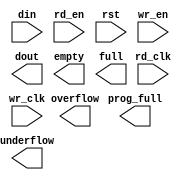
module rd_fifo_bram(
	din,
	rd_clk,
	rd_en,
	rst,
	wr_clk,
	wr_en,
	dout,
	empty,
	full,
	overflow,
	prog_full,
	underflow);


input [143 : 0] din;
input rd_clk;
input rd_en;
input rst;
input wr_clk;
input wr_en;
output [143 : 0] dout;
output empty;
output full;
output overflow;
output prog_full;
output underflow;

// synthesis translate_off

      FIFO_GENERATOR_V4_4 #(
		.C_COMMON_CLOCK(0),
		.C_COUNT_TYPE(0),
		.C_DATA_COUNT_WIDTH(10),
		.C_DEFAULT_VALUE("BlankString"),
		.C_DIN_WIDTH(144),
		.C_DOUT_RST_VAL("0"),
		.C_DOUT_WIDTH(144),
		.C_ENABLE_RLOCS(0),
		.C_FAMILY("virtex5"),
		.C_FULL_FLAGS_RST_VAL(1),
		.C_HAS_ALMOST_EMPTY(0),
		.C_HAS_ALMOST_FULL(0),
		.C_HAS_BACKUP(0),
		.C_HAS_DATA_COUNT(0),
		.C_HAS_INT_CLK(0),
		.C_HAS_MEMINIT_FILE(0),
		.C_HAS_OVERFLOW(1),
		.C_HAS_RD_DATA_COUNT(0),
		.C_HAS_RD_RST(0),
		.C_HAS_RST(1),
		.C_HAS_SRST(0),
		.C_HAS_UNDERFLOW(1),
		.C_HAS_VALID(0),
		.C_HAS_WR_ACK(0),
		.C_HAS_WR_DATA_COUNT(0),
		.C_HAS_WR_RST(0),
		.C_IMPLEMENTATION_TYPE(2),
		.C_INIT_WR_PNTR_VAL(0),
		.C_MEMORY_TYPE(1),
		.C_MIF_FILE_NAME("BlankString"),
		.C_MSGON_VAL(1),
		.C_OPTIMIZATION_MODE(0),
		.C_OVERFLOW_LOW(0),
		.C_PRELOAD_LATENCY(0),
		.C_PRELOAD_REGS(1),
		.C_PRIM_FIFO_TYPE("1kx36"),
		.C_PROG_EMPTY_THRESH_ASSERT_VAL(4),
		.C_PROG_EMPTY_THRESH_NEGATE_VAL(5),
		.C_PROG_EMPTY_TYPE(0),
		.C_PROG_FULL_THRESH_ASSERT_VAL(1020),
		.C_PROG_FULL_THRESH_NEGATE_VAL(1019),
		.C_PROG_FULL_TYPE(1),
		.C_RD_DATA_COUNT_WIDTH(10),
		.C_RD_DEPTH(1024),
		.C_RD_FREQ(1),
		.C_RD_PNTR_WIDTH(10),
		.C_UNDERFLOW_LOW(0),
		.C_USE_DOUT_RST(1),
		.C_USE_ECC(0),
		.C_USE_EMBEDDED_REG(0),
		.C_USE_FIFO16_FLAGS(0),
		.C_USE_FWFT_DATA_COUNT(0),
		.C_VALID_LOW(0),
		.C_WR_ACK_LOW(0),
		.C_WR_DATA_COUNT_WIDTH(10),
		.C_WR_DEPTH(1024),
		.C_WR_FREQ(1),
		.C_WR_PNTR_WIDTH(10),
		.C_WR_RESPONSE_LATENCY(1))
	inst (
		.DIN(din),
		.RD_CLK(rd_clk),
		.RD_EN(rd_en),
		.RST(rst),
		.WR_CLK(wr_clk),
		.WR_EN(wr_en),
		.DOUT(dout),
		.EMPTY(empty),
		.FULL(full),
		.OVERFLOW(overflow),
		.PROG_FULL(prog_full),
		.UNDERFLOW(underflow),
		.CLK(),
		.INT_CLK(),
		.BACKUP(),
		.BACKUP_MARKER(),
		.PROG_EMPTY_THRESH(),
		.PROG_EMPTY_THRESH_ASSERT(),
		.PROG_EMPTY_THRESH_NEGATE(),
		.PROG_FULL_THRESH(),
		.PROG_FULL_THRESH_ASSERT(),
		.PROG_FULL_THRESH_NEGATE(),
		.RD_RST(),
		.SRST(),
		.WR_RST(),
		.ALMOST_EMPTY(),
		.ALMOST_FULL(),
		.DATA_COUNT(),
		.PROG_EMPTY(),
		.VALID(),
		.RD_DATA_COUNT(),
		.WR_ACK(),
		.WR_DATA_COUNT(),
		.SBITERR(),
		.DBITERR());


// synthesis translate_on

endmodule